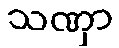
သဏှာ